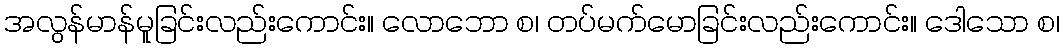
အလွန်မာန်မူခြင်းလည်းကောင်း။ လောဘော စ၊ တပ်မက်မောခြင်းလည်းကောင်း။ ဒေါသော စ၊